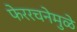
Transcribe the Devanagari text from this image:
फेररचनेमुळे